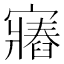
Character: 𫴛